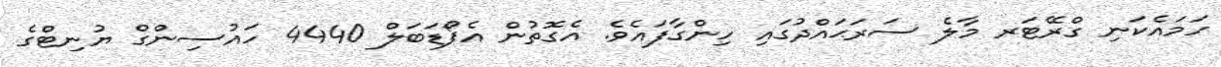
ހަމައެކަނި ގްރޭޓަރ މާލެ ސަރަޙައްދުގައި ހިންގާފައެވެ. އެގޮތުން އެފޯޑަބަލް 4440 ހައުސިންގް ޔުނިޓްގެ